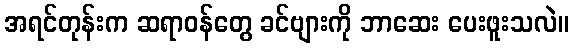
အရင်တုန်းက ဆရာဝန်တွေ ခင်ဗျားကို ဘာဆေး ပေးဖူးသလဲ။